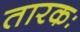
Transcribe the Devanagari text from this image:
तारकः